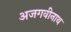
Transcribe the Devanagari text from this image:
अजगवीनाथ